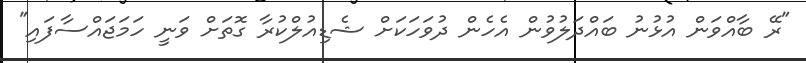
"ރޭ ބާއްވަން އުޅުނު ބައްދަލުވުން އެހެން ދުވަހަކަށް ޝެޑިއުލްކުރާ ގޮތަށް ވަނީ ހަމަޖައްސާފައި"